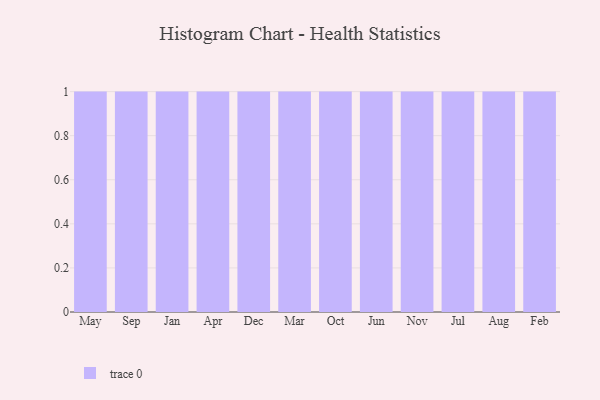
{"axis": {"x": "Month", "y": "Energy Usage (MWh)"}, "legend": [""], "data": [{"x": "May", "y": 71, "type": ""}, {"x": "Sep", "y": 39, "type": ""}, {"x": "Jan", "y": 58, "type": ""}, {"x": "Apr", "y": 15, "type": ""}, {"x": "Dec", "y": 83, "type": ""}, {"x": "Mar", "y": 46, "type": ""}, {"x": "Oct", "y": 45, "type": ""}, {"x": "Jun", "y": 72, "type": ""}, {"x": "Nov", "y": 28, "type": ""}, {"x": "Jul", "y": 12, "type": ""}, {"x": "Aug", "y": 71, "type": ""}, {"x": "Feb", "y": 1, "type": ""}]}